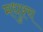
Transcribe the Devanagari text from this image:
मधुश्च